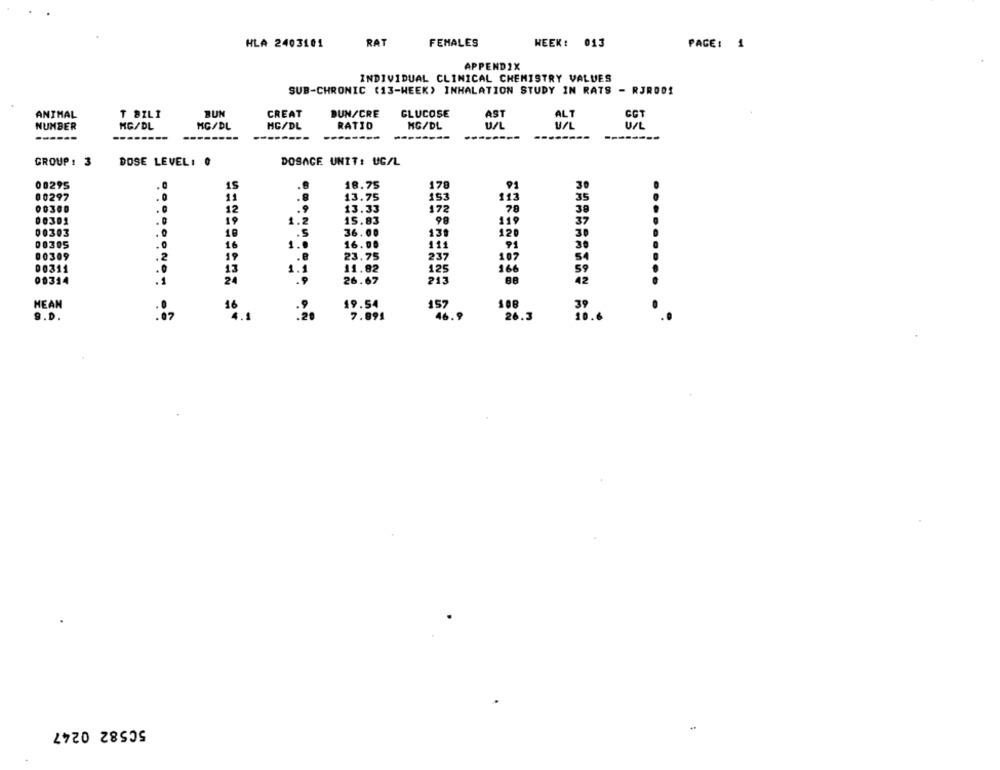
HLA 2403101
RAT
FEMALES
WEEK: 013
PAGE: 1
APPENDIX
INDIVIDUAL CLINICAL CHEMISTRY VALUES
SUB-CHRONIC (13-WEEK) INHALATION STUDY IN RATS - RJRDO!
ANTHAL
T BILI
BUN
CREAT
DUN/CRE
GLUCOSE
CCT
AST
ALT
NUMBER
MG/DL
MG/DL
MG/DL
RATIO
MG/DL
U/L
U/L
--
-------
--------
---
GROUP : 3
DOSAGE UNIT: UG/L
DOSE LEVEL: 0
00295
15
18.75
178
00297
11
13.75
153
113
35
00300
12
13.33
172
78
38
00301
19
1.2
15.83
98
119
37
00303
10
36.00
30
131
12
00305
16
1.0
16.00
30
19
23.75
111
54
00309
.e
107
00311
15
1.1
11.82
125
59
42
00314
24
26.67
213
HEAN
19.54
157
108
9.D.
. 02
16
4.1
7.891
46.5
26.3
50582 0247